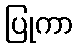
ပြုကာ